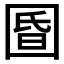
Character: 𱖀